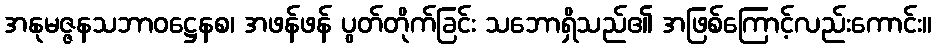
အနုမဇ္ဇနသဘာဝဋ္ဌေနစ၊ အဖန်ဖန် ပွတ်တိုက်ခြင်း သဘောရှိသည်၏ အဖြစ်ကြောင့်လည်းကောင်း။